Scottish Certificate of Education, 1962
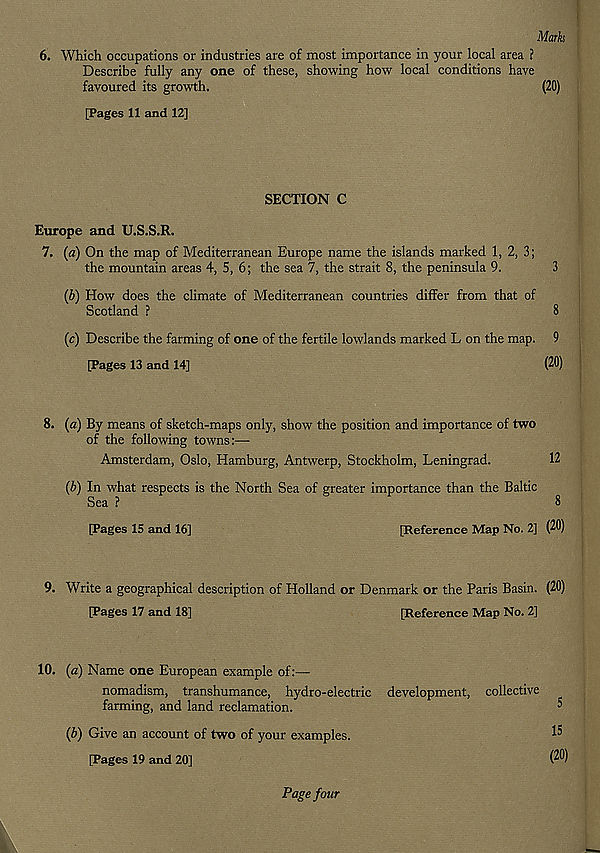
Marks
6. Which occupations or industries are of most importance in your local area ?
Describe fully any one of these, showing how local conditions have
favoured its growth.
(20)
[Pages 11 and 12]
SECTION C
Europe and U.S.S.R.
7. (a) On the map of Mediterranean Europe name the islands marked 1, 2, 3;
the mountain areas 4, 5, 6; the sea 7, the strait 8, the peninsula 9.
3
(b) How does the climate of Mediterranean countries differ from that of
Scotland ?
8
(c) Describe the farming of one of the fertile lowlands marked L on the map. 9
[Pages 13 and 14]
(20)
8. (a) By means of sketch-maps only, show the position and importance of two
of the following towns:—
Amsterdam, Oslo, Hamburg, Antwerp, Stockholm, Leningrad.
12
(b) In what respects is the North Sea of greater importance than the Baltic
Sea ?
8
[Pages 15 and 16]
[Reference Map No. 2] (20)
9. Write a geographical description of Holland or Denmark or the Paris Basin. (20)
[Pages 17 and 18]
[Reference Map No. 2]
10. (a) Name one European example of:—
nomadism, transhumance, hydro-electric development, collective
farming, and land reclamation.
^
(b) Give an account of two of your examples.
^
[Pages 19 and 20]
(2^)
Page four